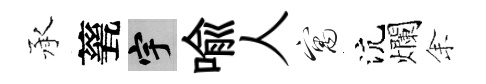
承甆宇喩人寓沆爛𪜬